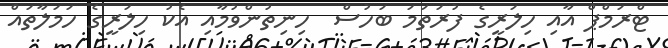
ޓްރަމްޕް އާއި ހިލަރީގެ ފުރަތަމަ ބަހުސް  ހިނިތުންވުމާއި އެކު ހިލަރީގެ ހަމަލާތައް